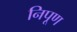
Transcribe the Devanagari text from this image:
निपूण